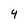
Character: 4